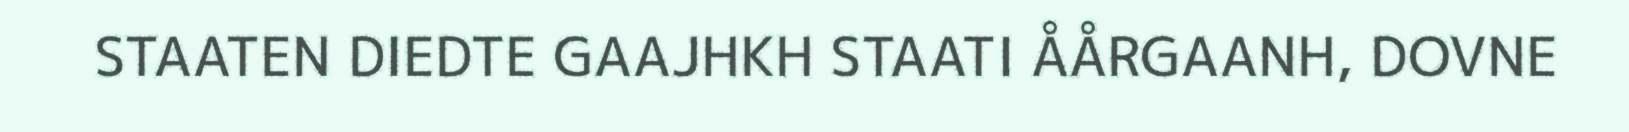
STAATEN DIEDTE GAAJHKH STAATI ÅÅRGAANH, DOVNE